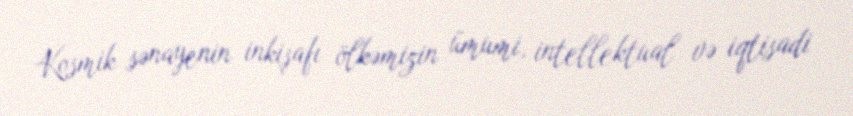
Kosmik sənayenin inkişafı ölkəmizin ümumi, intellektual və iqtisadi